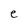
Character: e